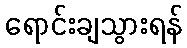
ရောင်းချသွားရန်